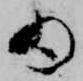
ゐ